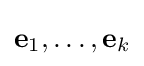
\mathbf {e} _{1},\ldots ,\mathbf {e} _{k}